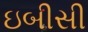
ઇબીસી